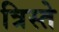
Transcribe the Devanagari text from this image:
त्रिस्ते